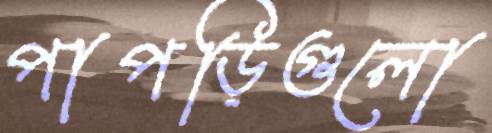
পাপড়িগুলো